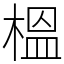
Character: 榲